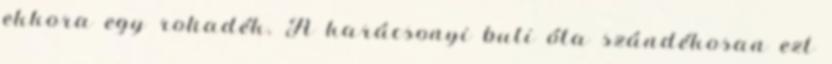
ekkora egy rohadék. A karácsonyi buli óta szándékosan ezt